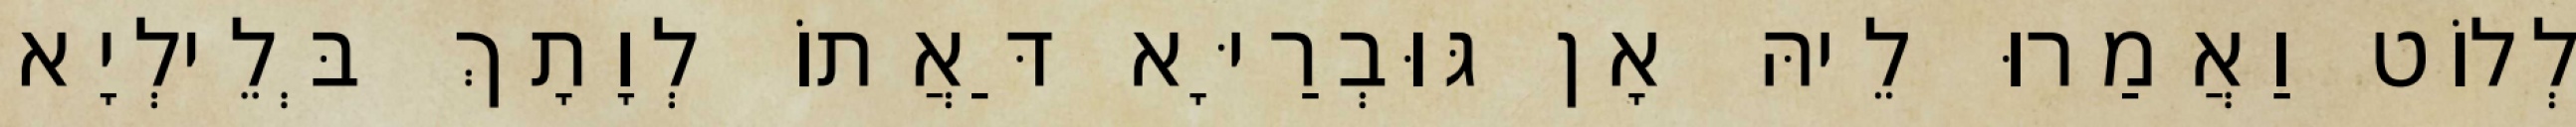
לְלוֹט וַאֲמַרוּ לֵיהּ אָן גּוּבְרַיָּא דַּאֲתוֹ לְוָתָךְ בְּלֵילְיָא